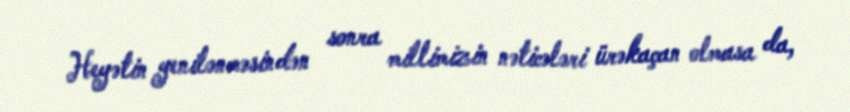
Heyətin yenilənməsindən sonra millimizin nəticələri ürəkaçan olmasa da,